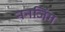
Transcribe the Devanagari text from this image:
ननजिंग